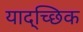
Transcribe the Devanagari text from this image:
याद्च्छिक